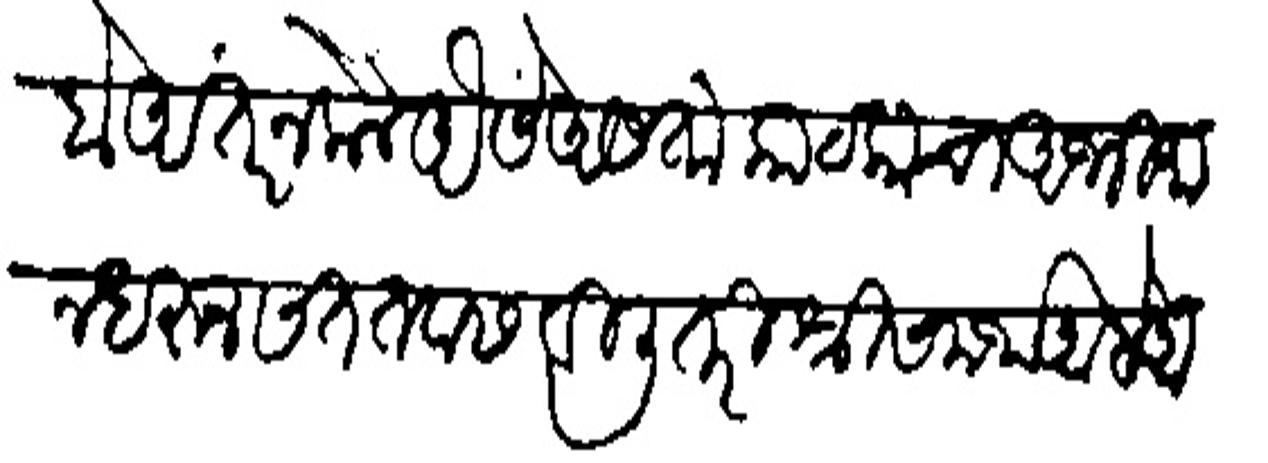
Transliteration (Devanagari): आहो अंतर न केले ऐसें आसतां काटकाचा अभिमान घरन सतत बाढविली तरी श्री समर्थ आहे आपण